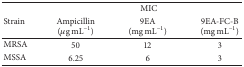
<table><thead><tr><td rowspan="2"><b>Strain</b></td><td colspan="3"><b>MIC</b></td></tr><tr><td><b>Ampicillin (<i>μ</i>g mL<sup>−1</sup>)</b></td><td><b>9EA (mg mL<sup>−1</sup>)</b></td><td><b>9EA-FC-B (mg mL<sup>−1</sup>)</b></td></tr></thead><tbody><tr><td>MRSA </td><td>50</td><td>12</td><td>3</td></tr><tr><td>MSSA </td><td>6.25</td><td>6</td><td>3</td></tr></tbody></table>